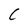
Character: C